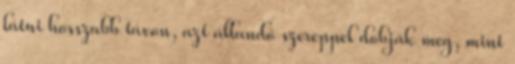
látni hosszabb távon, azt állandó szereppel dobják meg, mint